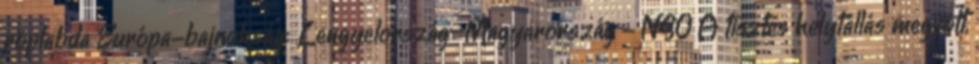
röplabda Európa-bajnokság: Lengyelország–Magyarország - NSO A tisztes helytállás megvolt,